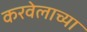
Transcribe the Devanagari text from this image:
करवेलाच्या